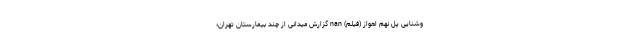
وشنایی پل نهم اهواز (فیلم) nan گزارش میدانی از چند بیمارستان تهران؛